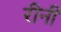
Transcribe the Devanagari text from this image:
रीनी